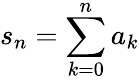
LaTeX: s_{n}=\sum_{k=0}^{n}{a_{k}}